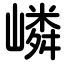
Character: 嶙